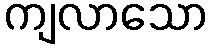
ကျလာသော